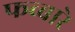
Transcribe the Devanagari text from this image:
फव्‍बारे